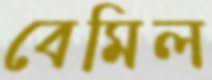
বেমিল